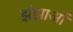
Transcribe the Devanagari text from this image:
झंझाओं